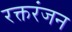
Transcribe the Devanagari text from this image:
रक्तरंजन